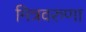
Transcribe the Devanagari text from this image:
मित्रवरुणा